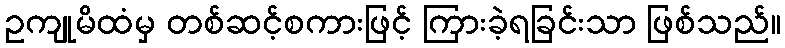
ဥကျုမိထံမှ တစ်ဆင့်စကားဖြင့် ကြားခဲ့ရခြင်းသာ ဖြစ်သည်။